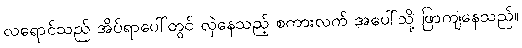
လရောင်သည် အိပ်ရာပေါ်တွင် လှဲနေသည့် စကားလက် အပေါ်သို့ ဖြာကျနေသည်။